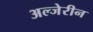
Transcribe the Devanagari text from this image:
अल्जेरीन